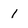
Character: 1